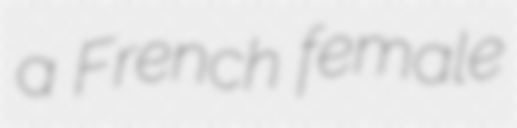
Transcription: a French female